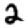
Digit: 2